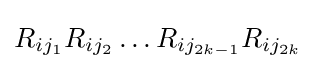
{\textstyle R_{ij_{1}}R_{ij_{2}}\dots R_{ij_{2k-1}}R_{ij_{2k}}}